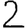
Digit: 2